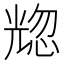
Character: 𰃒